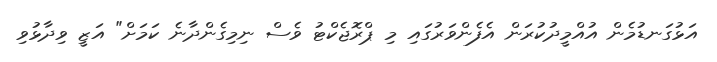
އަޅުގަނޑުމެން އުއްމީދުކުރަން އެފެންވަރުގައި މި ޕްރޮޖެކްޓު ވެސް ނިމިގެންދާނެ ކަމަށް" އަޒީ ވިދާޅުވި